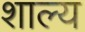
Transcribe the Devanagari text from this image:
शाल्य